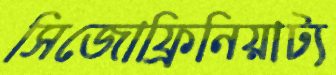
সিজোফ্রিনিয়াট্য